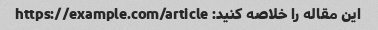
این مقاله را خلاصه کنید: https://example.com/article